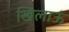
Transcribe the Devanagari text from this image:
खिलाऊं